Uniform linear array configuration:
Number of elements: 32
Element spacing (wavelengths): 0.75
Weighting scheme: blackman
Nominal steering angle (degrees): -60
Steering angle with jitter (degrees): -61.464
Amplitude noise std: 0.05
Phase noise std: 0.05

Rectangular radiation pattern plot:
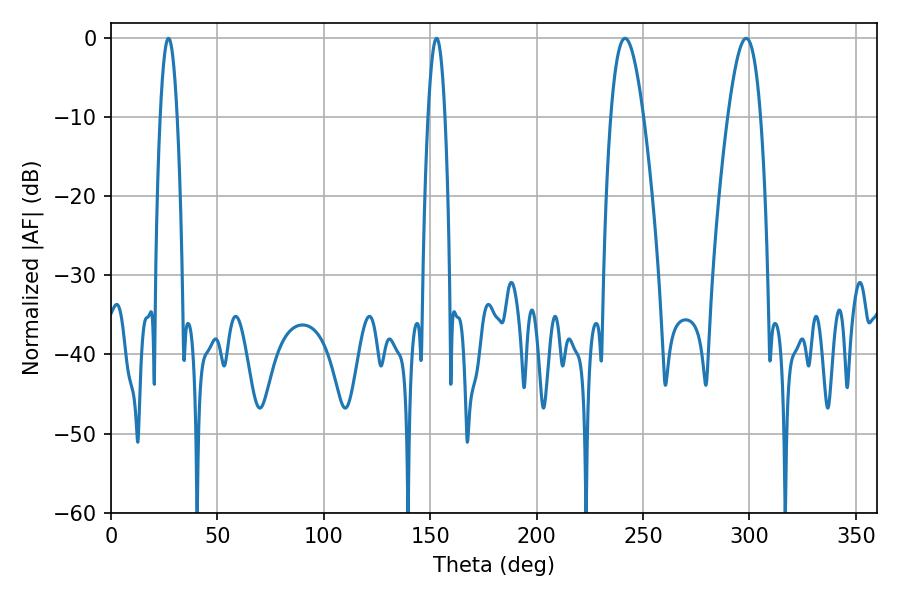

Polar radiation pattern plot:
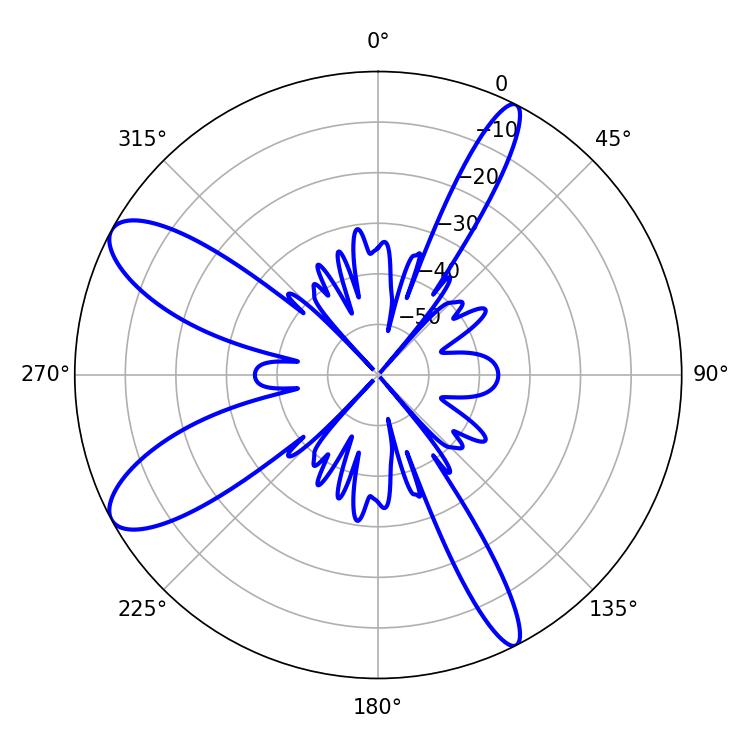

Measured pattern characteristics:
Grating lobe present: TRUE
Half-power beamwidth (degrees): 8.46
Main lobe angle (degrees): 298.44